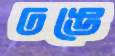
ঢঙে